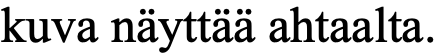
kuva näyttää ahtaalta.